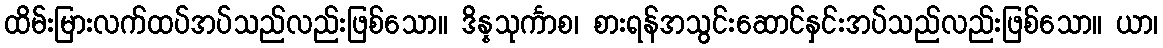
ထိမ်းမြားလက်ထပ်အပ်သည်လည်းဖြစ်သော။ ဒိန္နသုင်္ကာစ၊ စားရန်အသွင်းဆောင်နှင်းအပ်သည်လည်းဖြစ်သော။ ယာ၊